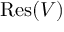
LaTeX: { \mathrm { R e s } } ( V )